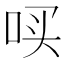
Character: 𪡃